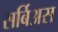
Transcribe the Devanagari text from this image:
सर्बिअस